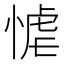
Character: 𭝬